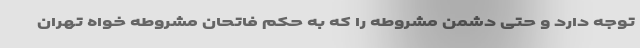
توجه دارد و حتی دشمن مشروطه را که به حکم فاتحان مشروطه خواه تهران